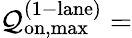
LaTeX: \mathcal{Q}_{\mathrm{{on,max}}}^{\mathrm{{(1-lane)}}}=